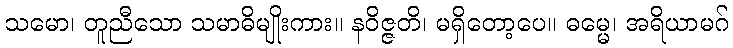
သမော၊ တူညီသော သမာဓိမျိုးကား။ နဝိဇ္ဇတိ၊ မရှိတော့ပေ။ ဓမ္မေ၊ အရိယာမဂ်